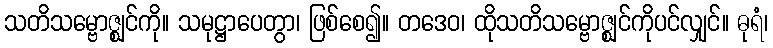
သတိသမ္ဗောဇ္ဈင်ကို။ သမုဋ္ဌာပေတွာ၊ ဖြစ်စေ၍။ တဒေဝ၊ ထိုသတိသမ္ဗောဇ္ဈင်ကိုပင်လျှင်။ ဓုရံ၊